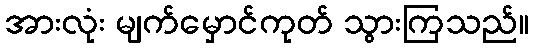
အားလုံး မျက်မှောင်ကုတ် သွားကြသည်။